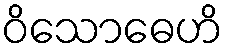
ဝိသောဓေဟိ